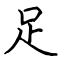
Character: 足